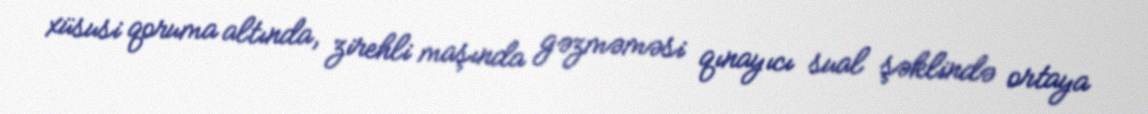
xüsusi qoruma altında, zirehli maşında gəzməməsi qınayıcı sual şəklində ortaya